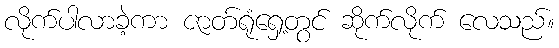
လိုက်ပါလာခဲ့ကာ ဇာတ်ရုံရှေ့တွင် ဆိုက်လိုက် လေသည်။